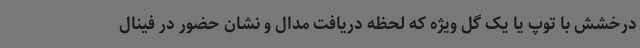
درخشش با توپ یا یک گل ویژه که لحظه دریافت مدال و نشان حضور در فینال